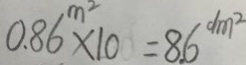
0 . 8 6 ^ { m ^ { 2 } } \times 1 0 = 8 . 6 ^ { d m 2 }